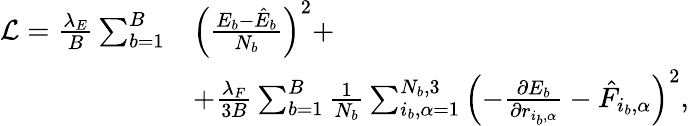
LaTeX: \begin{array}{rl}{\mathcal{L}=\frac{\lambda_{E}}{B}\sum_{b=1}^{B}}&{\left(\frac{E_{b}-\hat{E}_{b}}{N_{b}}\right)^{2}+}\\ &{+\frac{\lambda_{F}}{3B}\sum_{b=1}^{B}\frac{1}{N_{b}}\sum_{i_{b},\alpha=1}^{N_{b},3}\left(-\frac{\partial E_{b}}{\partial r_{i_{b},\alpha}}-\hat{F}_{i_{b},\alpha}\right)^{2},}\end{array}